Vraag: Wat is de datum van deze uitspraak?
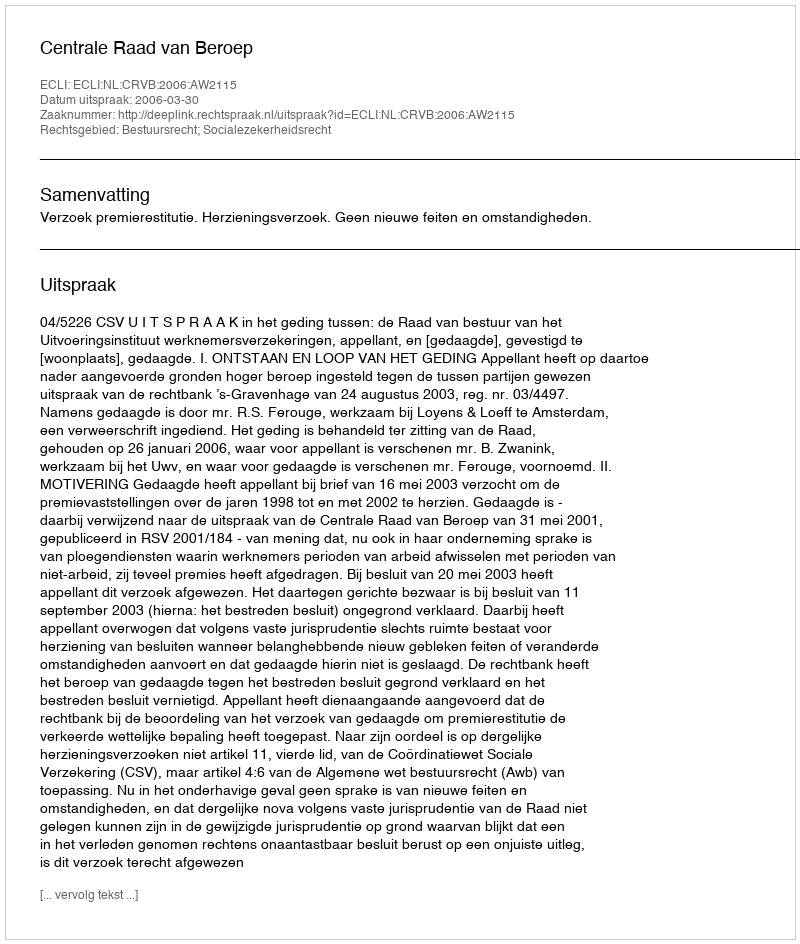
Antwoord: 2006-03-30